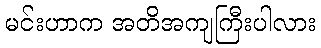
မင်းဟာက အတိအကျကြီးပါလား